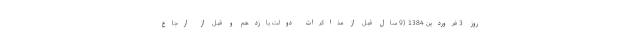
روز 3 فروردین 1384 (9 سال قبل از مذاکرات دولت یازدهم و قبل از ارجاع